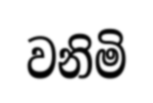
වනිමි